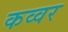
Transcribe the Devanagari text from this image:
कव्वर